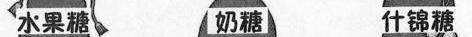
水果糖 奶糖 什锦糖